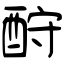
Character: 酧